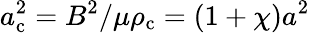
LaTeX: a_{\mathrm{c}}^{2}=B^{2}/\mu\rho_{\mathrm{c}}=(1+\chi)a^{2}